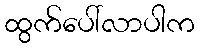
ထွက်ပေါ်လာပါက